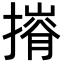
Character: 𢳕